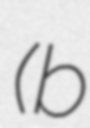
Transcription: (b